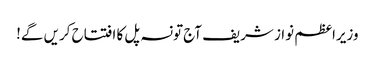
وزیراعظم نواز شریف آج تونسہ پل کا افتتاح کریں گے!